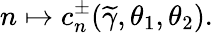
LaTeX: n\mapsto c_{n}^{\pm}(\widetilde{\gamma},\theta_{1},\theta_{2}).